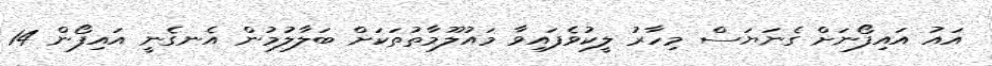
އައު އައިފޯނަށް ގެނަޔަސް މިހާރު ލީކުވެފައިވާ މައުލޫމާތުތަކަށް ބަލާލުމުން އެނގެނީ އައިފޯން 14